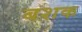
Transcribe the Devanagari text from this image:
बशक